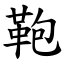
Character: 鞄